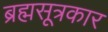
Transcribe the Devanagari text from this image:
ब्रह्मसूत्रकार